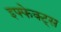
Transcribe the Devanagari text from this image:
इफ्फेक्ट्स